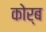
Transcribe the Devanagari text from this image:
कोर्ब